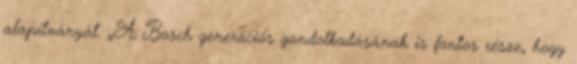
alapítványát. „A Bosch generációs gondolkodásának is fontos része, hogy